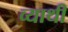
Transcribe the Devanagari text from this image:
व्याथी